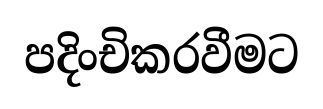
පදිංචිකරවීමට